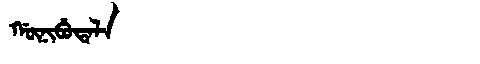
Manchu: ᡤᡡᠨᡳᠪᡠᡨᠠᠯᠠ
Romanization: GŪNIBUTALA